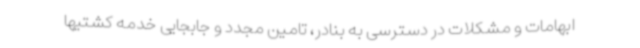
ابهامات و مشکلات در دسترسی به بنادر، تامین مجدد و جابجایی خدمه کشتیها